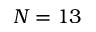
N = 1 3